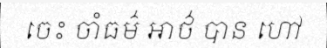
ចេះ ចាំធម៌ អាថ៌ បាន ហៅ